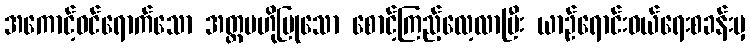
အကောင့်ဝင်ရောက်သော အတ္တဗဟိုပြုသော စောင့်ကြည့်လေ့လာပြီး ယာဉ်ရောင်းဝယ်ရေးစခန်းမှ